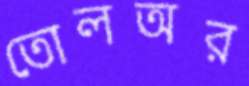
তোলঅর